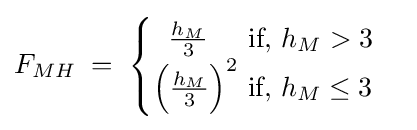
F_{MH}\;=\;{\begin{cases}\;\;{\frac {h_{M}}{3}}\;\;\;\;{\mbox{ if, }}h_{M}>3\\{\Big (}{\frac {h_{M}}{3}}{\Big )}^{2}{\mbox{       if, }}h_{M}\leq 3\end{cases}}